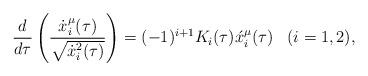
LaTeX: \begin{align*}\frac{d}{d \tau}\left(\frac{\dot x^{\mu}_i(\tau)}{\sqrt{\dot x^2_i(\tau)}}\right)=(-1)^{i+1}K_i(\tau)\acute x^{\mu}_i(\tau)\,\,\,\,\,(i=1,2),\end{align*}